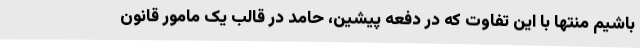
باشیم منتها با این تفاوت که در دفعه پیشین، حامد در قالب یک مامور قانون